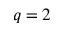
q = 2